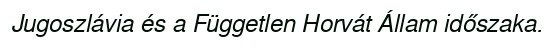
Jugoszlávia és a Független Horvát Állam időszaka.